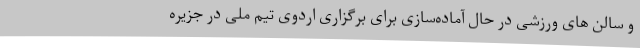
و سالن های ورزشی در حال آماده‌سازی برای برگزاری اردوی تیم ملی در جزیره